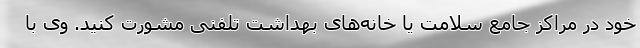
خود در مراکز جامع سلامت یا خانه‌های بهداشت تلفنی مشورت کنید. وی با